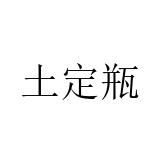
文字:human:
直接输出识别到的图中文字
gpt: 土定瓶